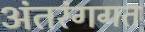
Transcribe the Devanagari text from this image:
अंतरंगगत